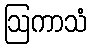
ဩကာသံ